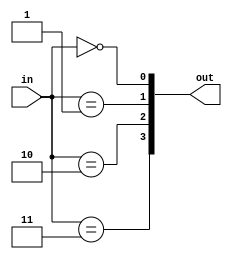
module decoder_2_4(
    input  wire [ 1:0] in,
    output wire [ 3:0] out
);

genvar i;
generate for (i=0; i<4; i=i+1) begin : gen_for_dec_2_4
    assign out[i] = (in == i);
end endgenerate

endmodule


module decoder_3_8(
    input  wire [ 2:0] in,
    output wire [ 7:0] out
);

genvar i;
generate for (i=0; i<8; i=i+1) begin : gen_for_dec_3_8
    assign out[i] = (in == i);
end endgenerate

endmodule

module decoder_4_16(
    input  wire [ 3:0] in,
    output wire [15:0] out
);

genvar i;
generate for (i=0; i<16; i=i+1) begin : gen_for_dec_4_16
    assign out[i] = (in == i);
end endgenerate

endmodule


module decoder_5_32(
    input  wire [ 4:0] in,
    output wire [31:0] out
);

genvar i;
generate for (i=0; i<32; i=i+1) begin : gen_for_dec_5_32
    assign out[i] = (in == i);
end endgenerate

endmodule


module decoder_6_64(
    input  wire [ 5:0] in,
    output wire [63:0] out
);

genvar i;
generate for (i=0; i<64; i=i+1) begin : gen_for_dec_6_64
    assign out[i] = (in == i);
end endgenerate

endmodule